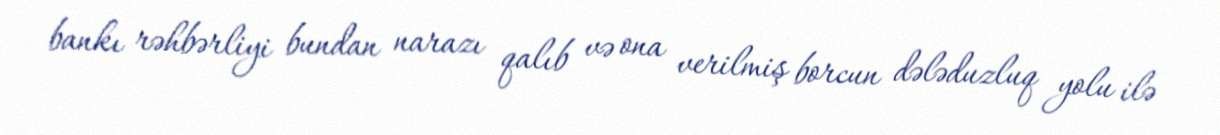
bankı rəhbərliyi bundan narazı qalıb və ona verilmiş borcun dələduzluq yolu ilə